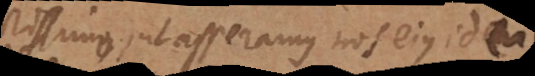
perfectissimo, ut asseramus nos ejus ideam